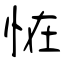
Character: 恠